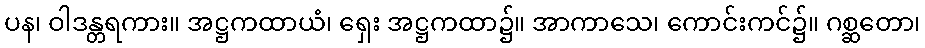
ပန၊ ဝါဒန္တရကား။ အဋ္ဌကထာယံ၊ ရှေး အဋ္ဌကထာ၌။ အာကာသေ၊ ကောင်းကင်၌။ ဂစ္ဆတော၊